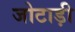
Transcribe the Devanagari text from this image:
जोटाड़ी